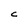
Character: C